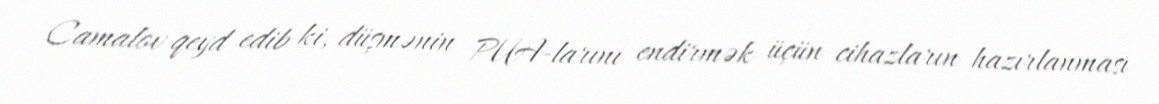
Camalov qeyd edib ki, düşmənin PUA-larını endirmək üçün cihazların hazırlanması